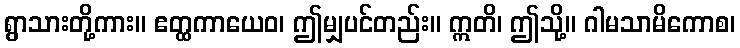
ရွာသားတို့ကား။ ဧတ္ထကာယေဝ၊ ဤမျှပင်တည်း။ ဣတိ၊ ဤသို့။ ဂါမသာမိကောစ၊